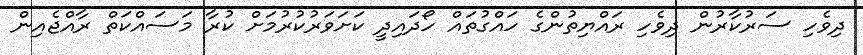
ދިވެހި ސަރުކާރުން ދިވެހި ރައްޔިތުންގެ ހައްގުތައް ހޯދައިދީ ކަށަވަރުކުރުމަށް ކުރާ މަސައްކަތް ރާއްޖެއިން